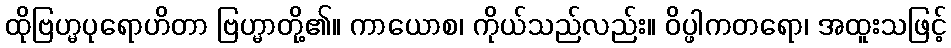
ထိုဗြဟ္မပုရောဟိတာ ဗြဟ္မာတို့၏။ ကာယောစ၊ ကိုယ်သည်လည်း။ ဝိပ္ဖါကတရော၊ အထူးသဖြင့်